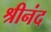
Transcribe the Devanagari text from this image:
श्रीनंद